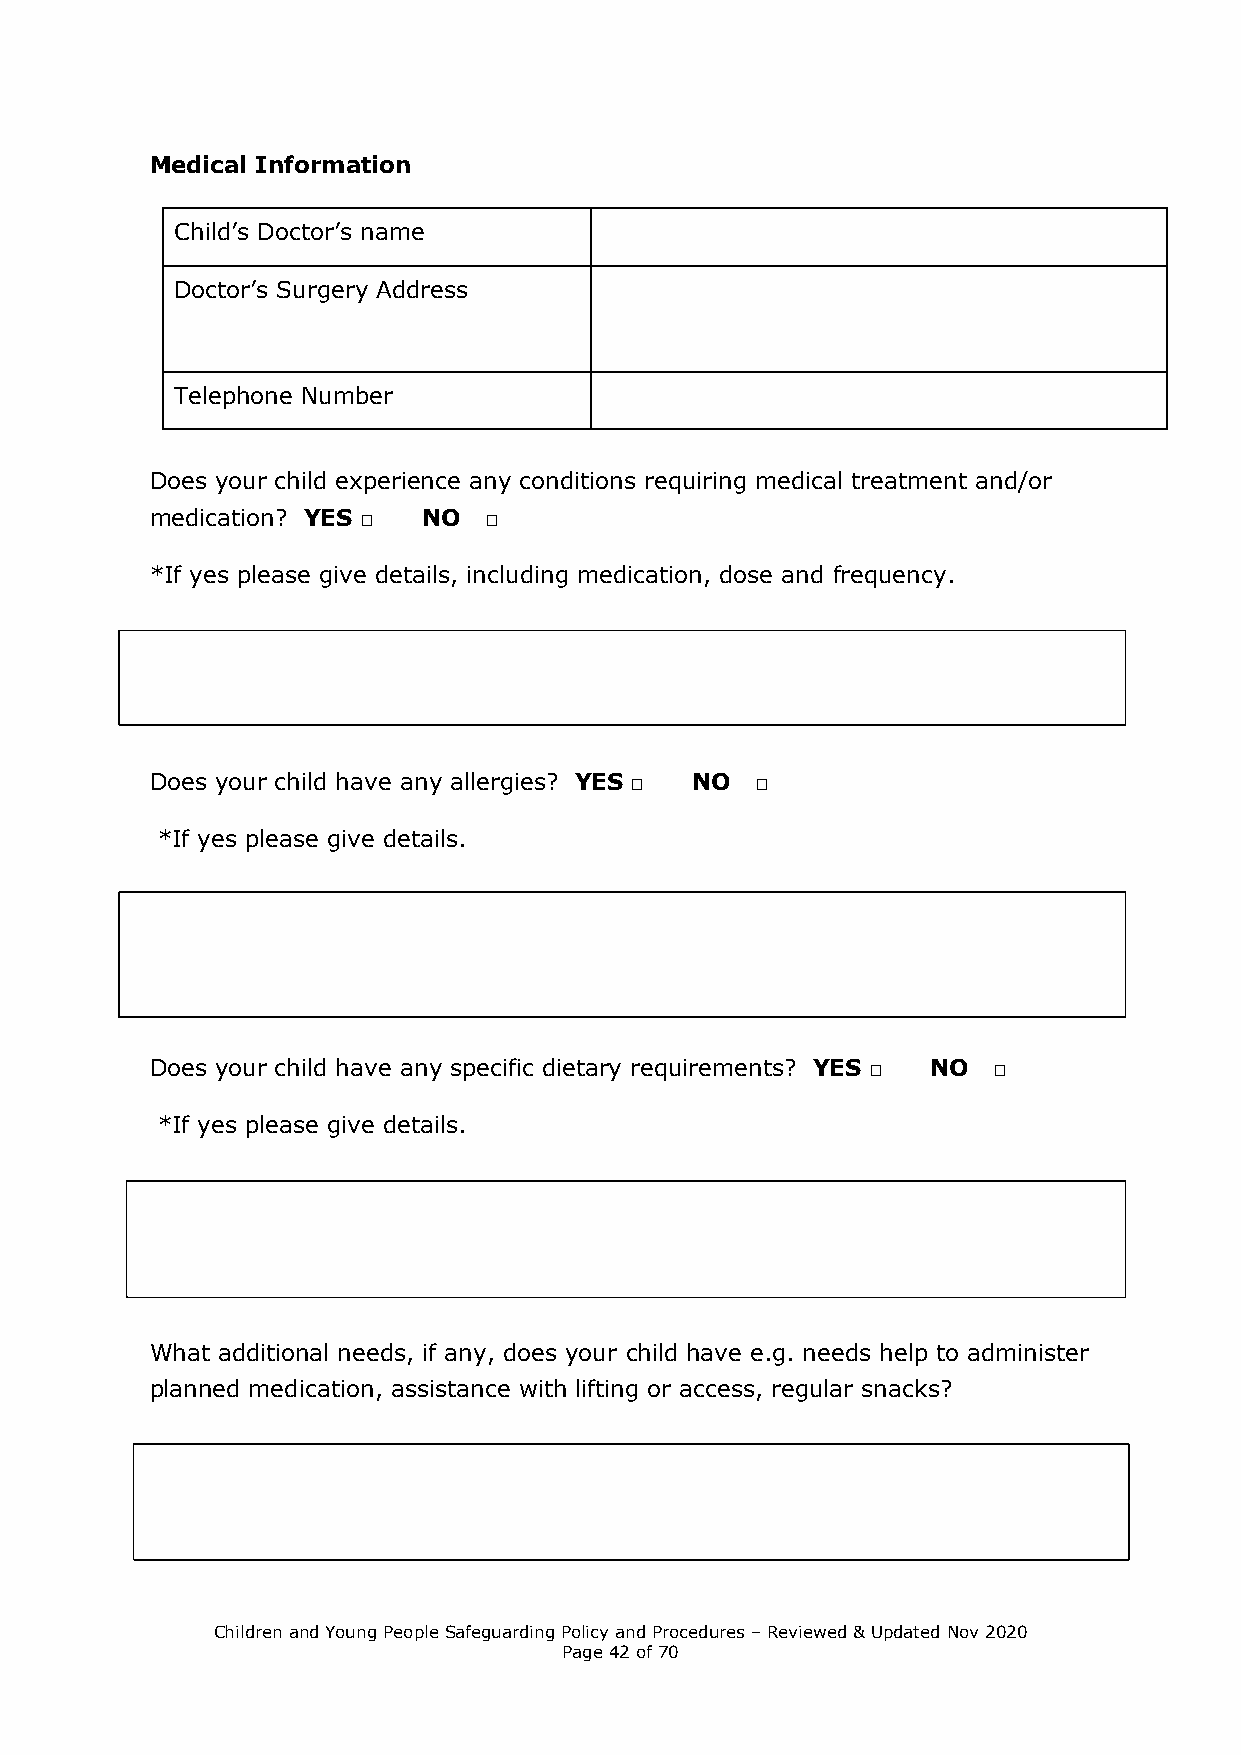
Medical Information
 Child’s Doctor’s name
 Doctor’s Surgery Address
 Telephone Number
 Does your child experience any conditions requiring medical treatment and/or
 medication? YES □ NO  □
 *If yes please give details, including medication, dose and frequency.
 Does your child have any allergies? YES □ NO □
 *If yes please give details.
 Does your child have any specific dietary requirements? YES □ NO □
 *If yes please give details.
 What additional needs, if any, does your child have e.g. needs help to administer
 planned medication, assistance with lifting or access, regular snacks?
 Children and Young People Safeguarding Policy and Procedures – Reviewed & Updated Nov 2020
 Page 42 of 70